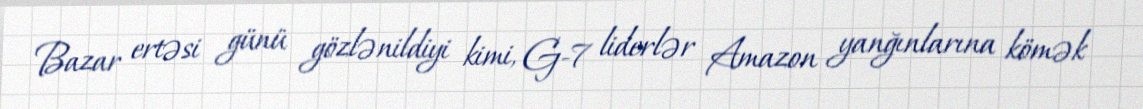
Bazar ertəsi günü gözlənildiyi kimi, G-7 liderlər Amazon yanğınlarına kömək